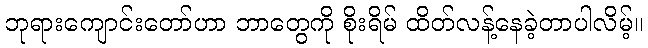
ဘုရားကျောင်းတော်ဟာ ဘာတွေကို စိုးရိမ် ထိတ်လန့်နေခဲ့တာပါလိမ့်။